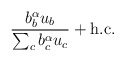
\begin{align*}{b^\alpha_b u_b\over\sum_c b^\alpha_cu_c}+ {\rm h.c.}\end{align*}